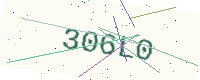
Text: 306L0